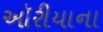
ઑરીયાના